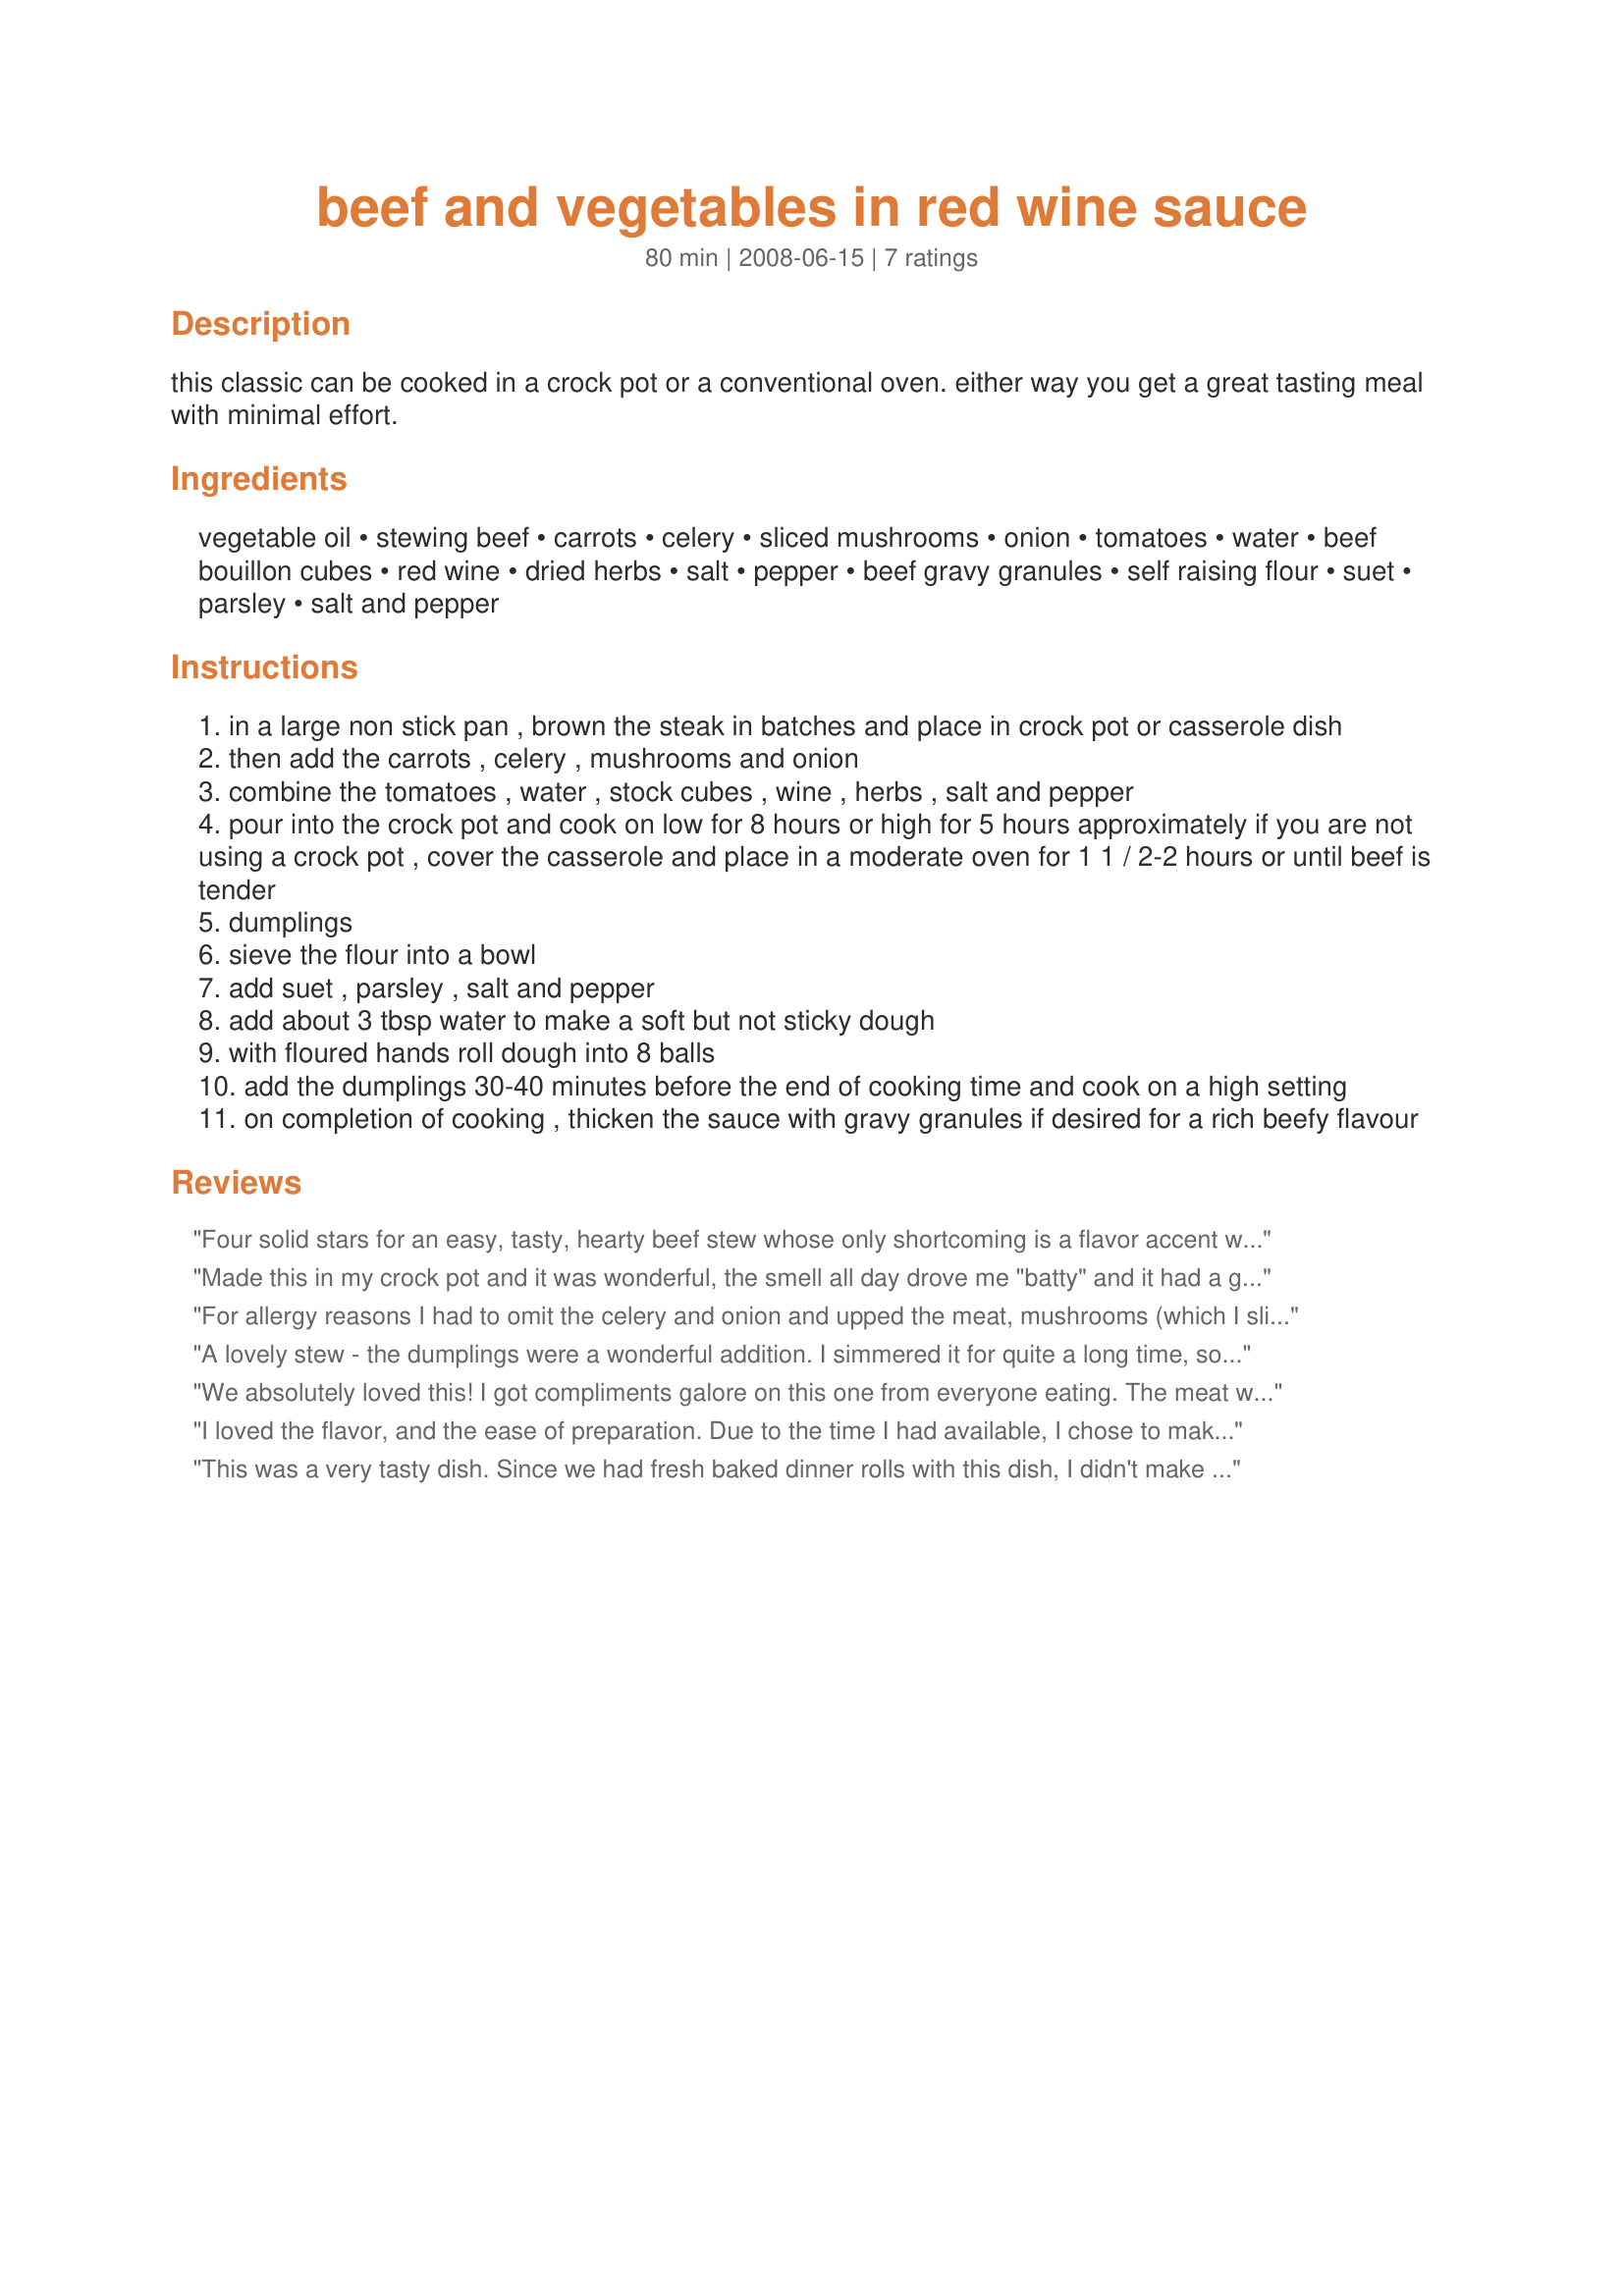
beef and vegetables in red wine sauce
Preparation time: 80 minutes

this classic can be cooked in a crock pot or a conventional oven. either way you get a great tasting meal with minimal effort.

Ingredients:
vegetable oil, stewing beef, carrots, celery, sliced mushrooms, onion, tomatoes, water, beef bouillon cubes, red wine, dried herbs, salt, pepper, beef gravy granules, self raising flour, suet, parsley, salt and pepper

Steps:
in a large non stick pan , brown the steak in batches and place in crock pot or casserole dish
then add the carrots , celery , mushrooms and onion
combine the tomatoes , water , stock cubes , wine , herbs , salt and pepper
pour into the crock pot and cook on low for 8 hours or high for 5 hours approximately if you are not using a crock pot , cover the casserole and place in a moderate oven for 1 1 / 2-2 hours or until beef is tender
dumplings
sieve the flour into a bowl
add suet , parsley , salt and pepper
add about 3 tbsp water to make a soft but not sticky dough
with floured hands roll dough into 8 balls
add the dumplings 30-40 minutes before the end of cooking time and cook on a high setting
on completion of cooking , thicken the sauce with gravy granules if desired for a rich beefy flavour

Reviews:
Four solid stars for an easy, tasty, hearty beef stew whose only shortcoming is a flavor accent we often experience in crockpot cooking; I'd like to try it again using the oven and shorter cooking times. (No rating whatever, good or bad, on the dumplings since we couldn't find fresh suet in our area and DH's attempted substitution just didn't work.) Made for PRMR, Nov. 2008.
Made this in my crock pot and it was wonderful, the smell all day drove me "batty" and it had a great flavor when it was down. DH loved the dumplings.
For allergy reasons I had to omit the celery and onion and upped the meat, mushrooms (which I sliced half and quartered the other half) and as bouillon here is extremely salty (and I follow a no/low salt regime) I used a rich homemade beef stock for the water and used a cornflour/cornstarch slurry for the thickener and cooked in the oven and made as a OMC so doubled the meat and cookee at 170C fan forced oven for 2 1/2 hours cooking the dumplings in the last half hour but would stick to my own dupling recipe (we can't get suet here readily so subbed butter and used dried herbs in place of the parsley and though they plumped up beautifully they tasted stodgy). Thank you Noo will may try again with adjustments made for PAC September/October 2009.
A lovely stew - the dumplings were a wonderful addition. I simmered it for quite a long time, so ended up adding more liquid. I used more than a teaspoon of herbs - but that's typical for me. I also added some potatoes to the mix since I had some I needed to use up. Thanks for posting!
We absolutely loved this! I got compliments galore on this one from everyone eating. The meat was so tender and the flavors in the broth were just delicious! I used a bottom of the round roast and cut it into cubes, then seared and continued with the recipe. I didn't use the dumpling recipe, as I used Recipe #218701, which is my favorite dumpling recipe and the only one I make, as they never fail me. This meal was awesome, and I look forward to making it again before the winter is out! Thank you for sharing your recipe with us Noo! Made for Gimme 5 Recipe Tag 2/09 Linda
I loved the flavor, and the ease of preparation. Due to the time I had available, I chose to make this in the oven, using an enameled cast iron dutch oven rather than the crockpot. We don't have suet available, so I didn't make the dumplings, just served with a hearty bread on the side to soak up the wonderful sauce. I replaced half of the carrot with half of a chopped turnip, quartered the mushrooms instead of slicing (I like bigger mushroom pieces), and added about 5 small red potatoes, which I cut in half. For the dried herbs, I used italian seasoning, and increased the quantity to a full tablespoon. I had a piece of beef tri-tip in the freezer, so I cut it into large chunks to use for the stew meat. Next time I think I will add all of the vegetables other than the onion and celery about two thirds of the way through cooking, as we like our vegetables more on the al dente side, and these were a bit soft for us. Overall, a great stew recipe that earns points for both ease and flavor, and one that I will make again.
This was a very tasty dish. Since we had fresh baked dinner rolls with this dish, I didn't make the optional dumplings. For the dried herbs, I used basil which I think was a good choice. The red wine, brown gravy and herbs made for a very flavorful sauce that tenderized the vegetables quite nicely. Delicious! I made this dish for 1-2-3 Hit Wonders tag game Dec '08, and I'll definitely make it again (maybe even adding more water to make an elegant beef stew!
